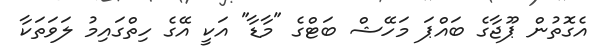
އެގޮތުން ޕޫޖާގެ ބައްޕަ މަހޭޝް ބަޓްގެ "މާޑާ" އަކީ އޭގެ ހިތްގައިމު ލަވަތަކާ